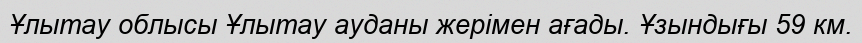
Ұлытау облысы Ұлытау ауданы жерімен ағады. Ұзындығы 59 км.